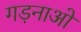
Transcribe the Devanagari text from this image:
गड़नाओ